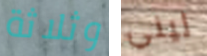
وثلاثة ليني